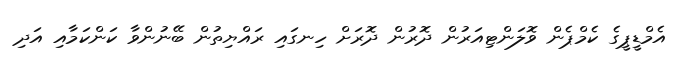
އެމްޑީޕީގެ ކެމްޕެން ވޮލަންޓިއަރުން ދޮރުން ދޮރަށް ހިނގައި ރައްޔިތުން ބޭނުންވާ ކަންކަމާއި އަދި